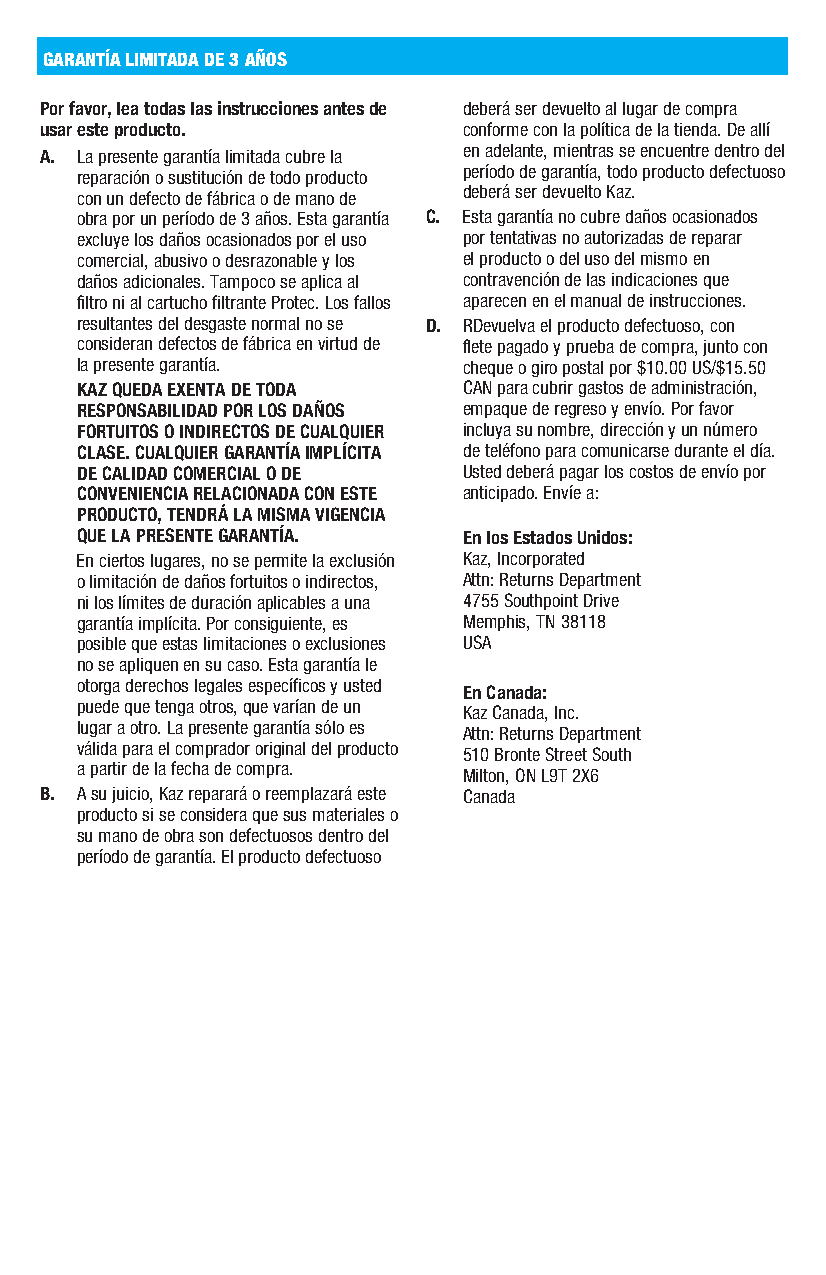
GARANTÍA LIMITADA DE 3 AÑOS
 Por favor, lea todas las instrucciones antes de deberá ser devuelto al lugar de compra
 usar este producto.         conforme con la política de la tienda. De allí
 A. La presente garantía limitada cubre la en adelante, mientras se encuentre dentro del
 reparación o sustitución de todo producto período de garantía, todo producto defectuoso
 con un defecto de fábrica o de mano de deberá ser devuelto Kaz.
 obra por un período de 3 años. Esta garantía C. Esta garantía no cubre daños ocasionados
 excluye los daños ocasionados por el uso por tentativas no autorizadas de reparar
 comercial, abusivo o desrazonable y los el producto o del uso del mismo en
 daños adicionales. Tampoco se aplica al contravención de las indicaciones que
 filtro ni al cartucho filtrante Protec. Los fallos aparecen en el manual de instrucciones.
 resultantes del desgaste normal no se D. RDevuelva el producto defectuoso, con
 consideran defectos de fábrica en virtud de flete pagado y prueba de compra, junto con
 la presente garantía.     cheque o giro postal por $10.00 US/$15.50
 KAZ QUEDA EXENTA DE TODA  CAN para cubrir gastos de administración,
 RESPONSABILIDAD POR LOS DAÑOS empaque de regreso y envío. Por favor
 FORTUITOS O INDIRECTOS DE CUALQUIER incluya su nombre, dirección y un número
 CLASE. CUALQUIER GARANTÍA IMPLÍCITA de teléfono para comunicarse durante el día.
 DE CALIDAD COMERCIAL O DE Usted deberá pagar los costos de envío por
 CONVENIENCIA RELACIONADA CON ESTE anticipado. Envíe a:
 PRODUCTO, TENDRÁ LA MISMA VIGENCIA
 QUE LA PRESENTE GARANTÍA. En los Estados Unidos:
 En ciertos lugares, no se permite la exclusión Kaz, Incorporated
 o limitación de daños fortuitos o indirectos, Attn: Returns Department
 ni los límites de duración aplicables a una 4755 Southpoint Drive
 garantía implícita. Por consiguiente, es Memphis, TN 38118
 posible que estas limitaciones o exclusiones USA
 no se apliquen en su caso. Esta garantía le
 otorga derechos legales específicos y usted
 En Canada:
 puede que tenga otros, que varían de un
 Kaz Canada, Inc.
 lugar a otro. La presente garantía sólo es
 Attn: Returns Department
 válida para el comprador original del producto
 510 Bronte Street South
 a partir de la fecha de compra.
 Milton, ON L9T 2X6
 B. A su juicio, Kaz reparará o reemplazará este Canada
 producto si se considera que sus materiales o
 su mano de obra son defectuosos dentro del
 período de garantía. El producto defectuoso